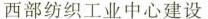
西部纺织工业中心建设